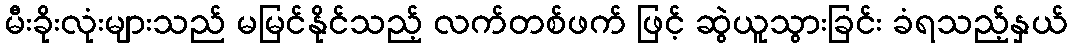
မီးခိုးလုံးများသည် မမြင်နိုင်သည့် လက်တစ်ဖက် ဖြင့် ဆွဲယူသွားခြင်း ခံရသည့်နှယ်